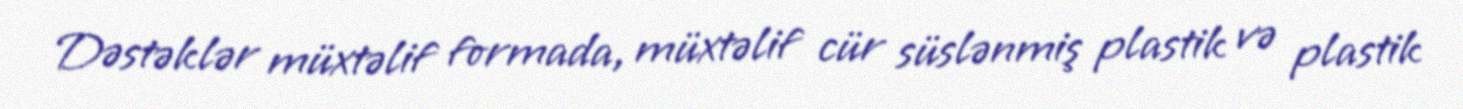
Dəstəklər müxtəlif formada, müxtəlif cür süslənmiş plastik və plastik